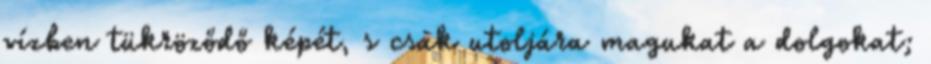
vízben tükröződő képét, s csak utoljára magukat a dolgokat;